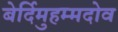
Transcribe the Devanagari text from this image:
बेर्दिमुहम्मदोव